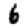
Digit: 6